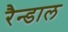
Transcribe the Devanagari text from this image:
रैन्डाल